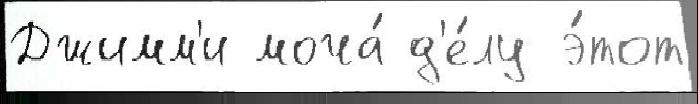
Джимм'и моча́ д'е́лу э́тот